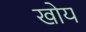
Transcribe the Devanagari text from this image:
खोय